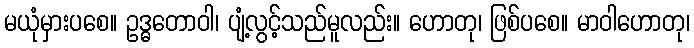
မယုံမှားပစေ။ ဥဒ္ဓတောဝါ၊ ပျံ့လွင့်သည်မူလည်း။ ဟောတု၊ ဖြစ်ပစေ။ မာဝါဟောတု၊